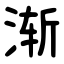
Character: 渐